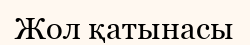
Жол қатынасы